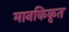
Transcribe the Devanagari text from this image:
मानकिकृत